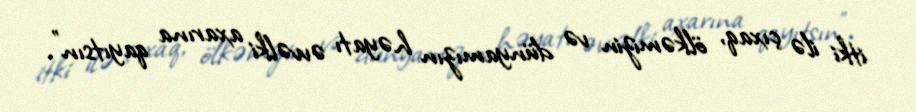
itki ilə çıxaq, ölkəmizin və dünyamızın həyatı əvvəlki axarına qayıtsın”.